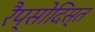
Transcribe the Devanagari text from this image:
रैप्सोदिस्त